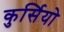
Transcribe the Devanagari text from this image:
कुर्सियो